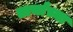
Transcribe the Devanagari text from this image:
तार्यांच्या